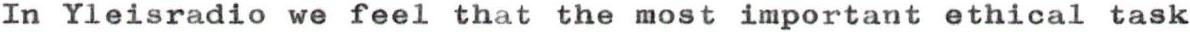
In Yleisradio we feel that the most important ethical task